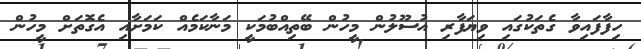
ހިފާފައިވާ ގެތަކުގައި ވިޔަފާރި އުސޫލުން މީހުން ބޭތިއްބުމަކީ މަނާކަމެއް ކަމަށާއި އެގޮތަށް މީހުން